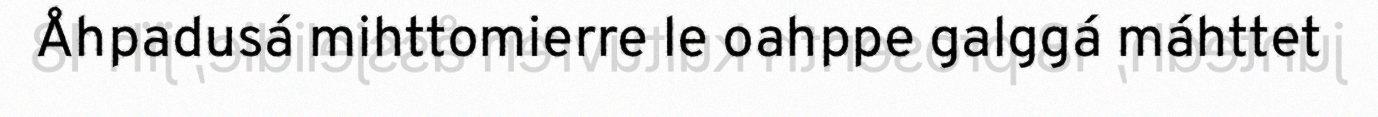
Åhpadusá mihttomierre le oahppe galggá máhttet